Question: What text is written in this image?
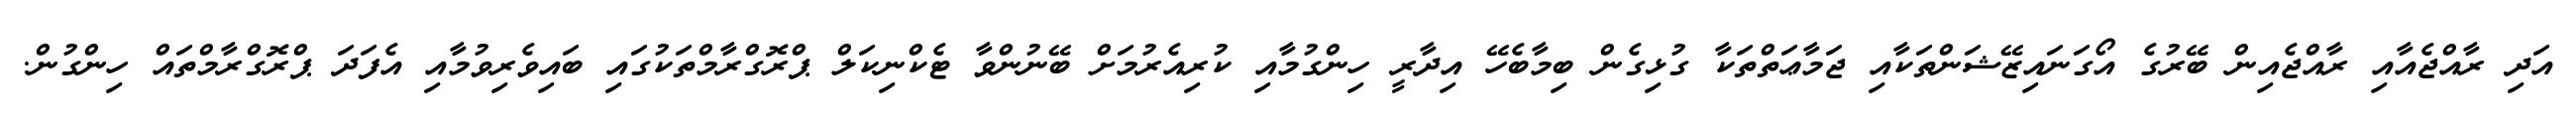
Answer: އަދި ރާއްޖެއާއި ރާއްޖެއިން ބޭރުގެ އޯގަނައިޒޭޝަންތަކާއި ޖަމާޢަތްތަކާ ގުޅިގެން ބިމާބެހޭ އިދާރީ ހިންގުމާއި ކުރިއެރުމަށް ބޭނުންވާ ޓެކްނިކަލް ޕްރޮގްރާމްތަކުގައި ބައިވެރިވުމާއި އެފަދަ ޕްރޮގްރާމްތައް ހިންގުން.